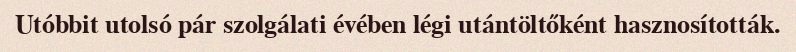
Utóbbit utolsó pár szolgálati évében légi utántöltőként hasznosították.